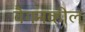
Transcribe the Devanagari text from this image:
वैगनव्हील